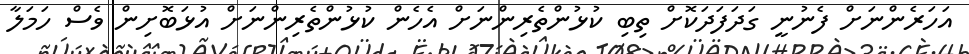
އަހަރެންނަށް ފެނުނީ ގަދަފަދަކޮށް ތިބި ކުޅުންތެރިންނަށް އެހެން ކުޅުންތެރިންނަށް އުޅަބޮށިން ވެސް ހަމަލާ